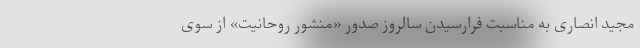
مجید انصاری به مناسبت فرارسیدن سالروز صدور «منشور روحانیت» از سوی